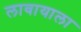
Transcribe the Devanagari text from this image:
लावायाला